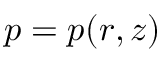
p = p ( r , z )